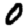
Digit: 0